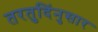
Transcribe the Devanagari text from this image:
तरतुदिंनुसार